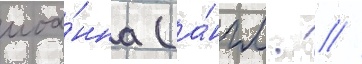
иоа́нна (а́нгл.  //